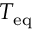
T _ { \mathrm { e q } }